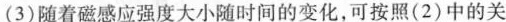
(3)随着磁感应强度大小随时间的变化，可按照(2)中的关